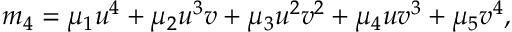
m _ { 4 } = \mu _ { 1 } u ^ { 4 } + \mu _ { 2 } u ^ { 3 } v + \mu _ { 3 } u ^ { 2 } v ^ { 2 } + \mu _ { 4 } u v ^ { 3 } + \mu _ { 5 } v ^ { 4 } ,